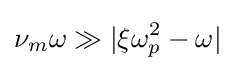
\nu _{m}\omega \gg |\xi \omega _{p}^{2}-\omega |